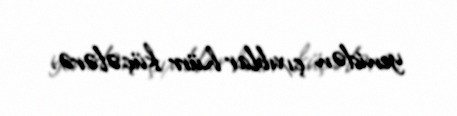
yenidən çıxıblar hürr küçələrə.